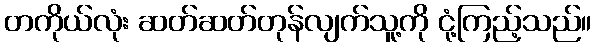
တကိုယ်လုံး ဆတ်ဆတ်တုန်လျက်သူ့ကို ငုံ့ကြည့်သည်။